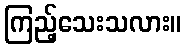
ကြည့်သေးသလား။